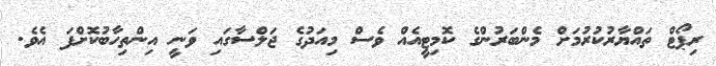
ރިޕޯޓް ތައްޔާރުކުރުމަށް މެންބަރުންގެ ކޮމިޓީއެއް ވެސް މިއަދުގެ ޖަލްސާގައި ވަނީ އިންތިހާބުކޮށްފަ އެވެ.